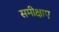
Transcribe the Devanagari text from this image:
समीक्षाए